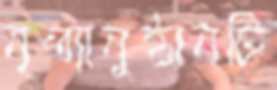
নৃত্যানুষ্ঠানটি